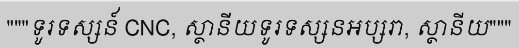
"""ទូរទស្សន៍ CNC, ស្ថានីយទូរទស្សនអប្សរា, ស្ថានីយ"""